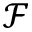
\mathcal { F }